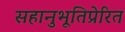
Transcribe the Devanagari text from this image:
सहानुभूतिप्रेरित